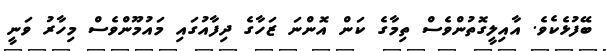
ބޭފުޅެކެވެ. އާއިލީގޮތުންވެސް ތިމާގެ ކަން އޮންނަ ޒަހާގެ ދިފާއުގައި މައުމޫންވެސް މިހާރު ވަނީ